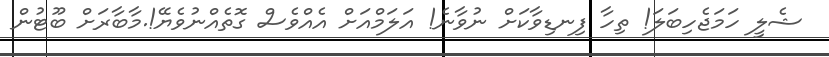
ޝެލީ ހަމަޖެހިބަލަ! ތިހާ ފިނޑިވާކަށް ނުވާނެ! އަލަމްއަށް އެއްވެސް ގޮތެއްނުވެޔޭ!.މާބާރަށް ބޫޓުން